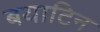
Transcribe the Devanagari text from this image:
बयाटिन